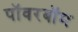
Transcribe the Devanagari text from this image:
पॉवरबॉम